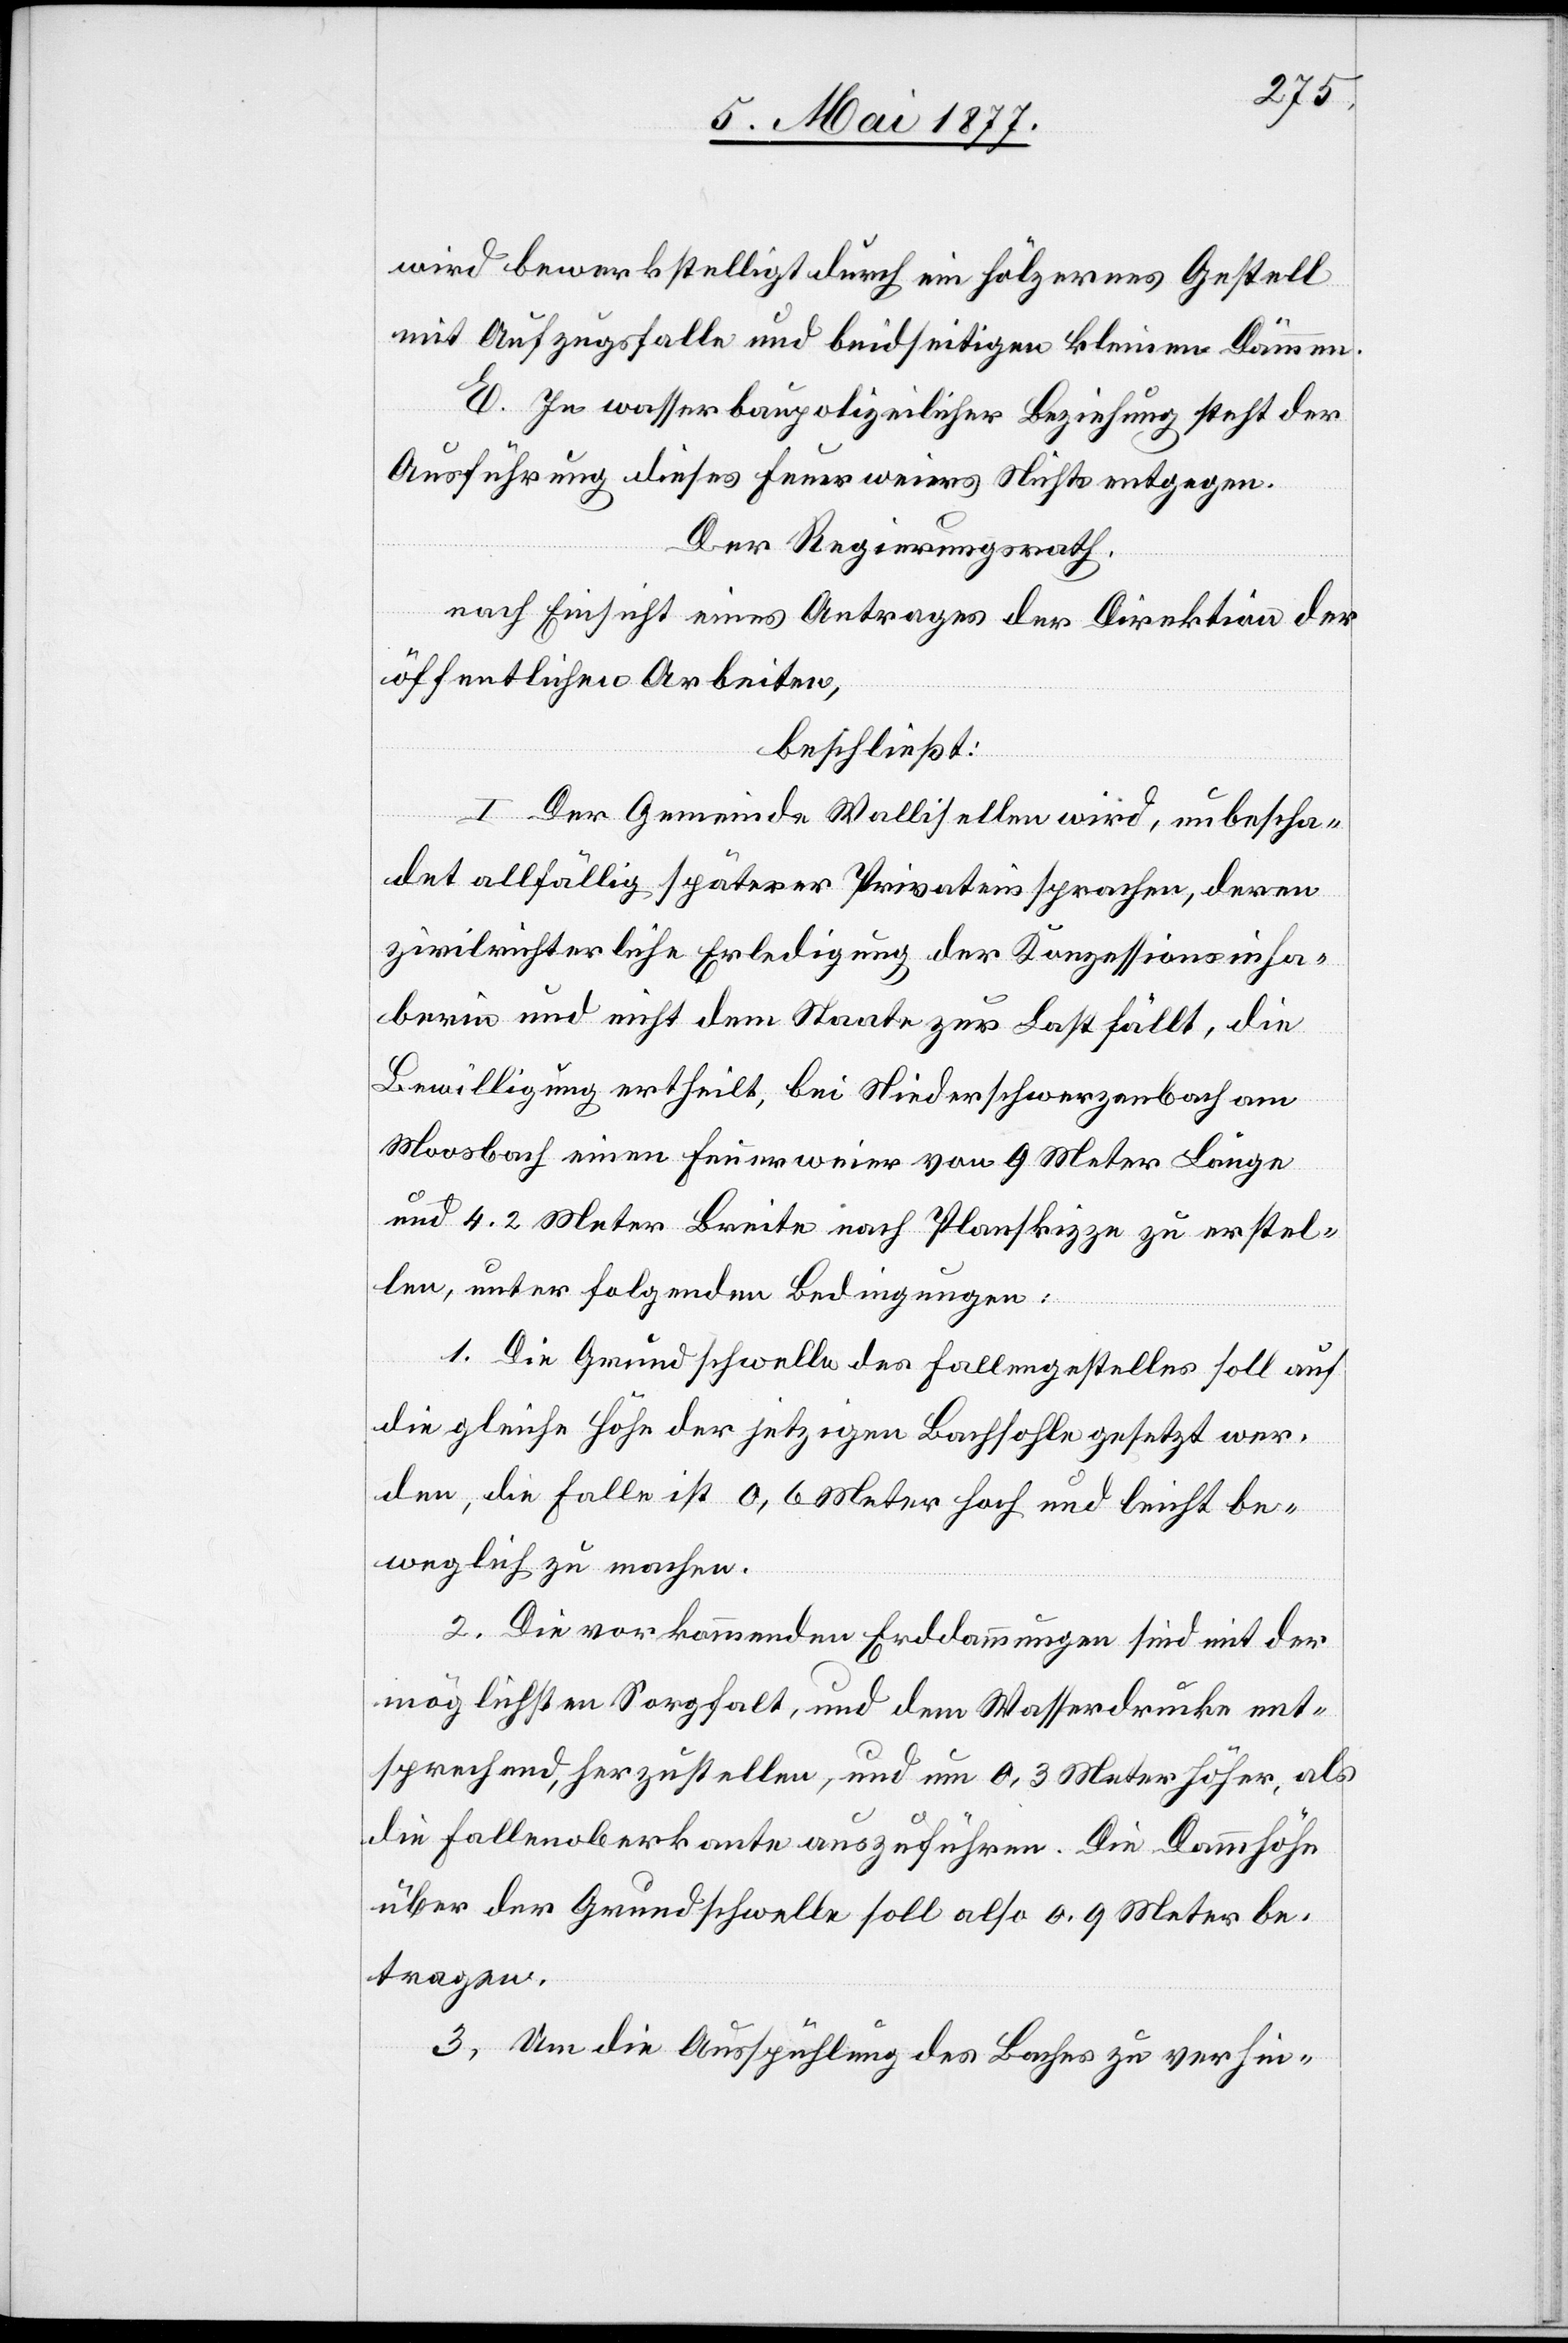
wird bewerkstelligt durch ein hölzernes Gestell
mit Aufzugsfalle und beidseitigen kleinen Dämmen.
E. In wasserbaupolizeilicher Beziehung steht der
Ausführung dieses Feuerweiers Nichts entgegen.
Der Regierungsrath,
nach Einsicht eines Antrages der Direktion der
öffentlichen Arbeiten,
beschließt:
I. Der Gemeinde Wallisellen wird, unbescha¬
det allfällig späterer Privateinsprachen, deren
zivilrichterliche Erledigung der Konzessionsinha¬
berin und nicht dem Staate zur Last fällt, die
Bewilligung ertheilt, bei Niederschwerzenbach am
Moosbach einen Feuerweier von 9 Meter Länge
und 4.2 Meter Breite nach Planskizze zu erstel¬
len, unter folgenden Bedingungen:
1. Die Grundschwelle des Fallengestelles soll auf
die gleiche Höhe der jetzigen Bachsohle gesetzt wer¬
den, die Falle ist 0,6 Meter hoch und leicht be¬
weglich zu machen.
2. Die vorkommenden Erddammungen sind mit der
möglichsten Sorgfalt, und dem Wasserdrucke ent¬
sprechend, herzustellen, und um 0,3 Meter höher, als
die Fallenoberkante auszuführen. Die Dammhöhe
über der Grundschwelle soll also 0,9 Meter be¬
tragen.
3. Um die Ausspühlung des Baches zu verhin-